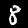
Label: 8